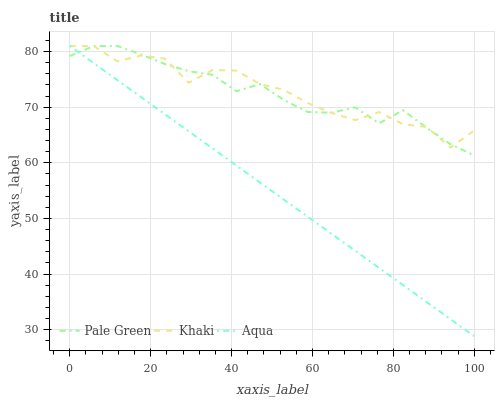
| xaxis_label | Pale Green | Khaki | Aqua |
 | --- | --- | --- | --- |
 | 0 | 79.2 | 81 | 81 |
 | 5.88 | 81 | 81 | 77.9 |
 | 11.8 | 81 | 78.2 | 74.9 |
 | 17.6 | 79.5 | 79.3 | 71.8 |
 | 23.5 | 77.8 | 78.7 | 68.7 |
 | 29.4 | 76.5 | 74.4 | 65.7 |
 | 35.3 | 75.8 | 76.7 | 62.6 |
 | 41.2 | 72.9 | 76.6 | 59.5 |
 | 47.1 | 74.2 | 74.2 | 56.4 |
 | 52.9 | 71.3 | 73.1 | 53.4 |
 | 58.8 | 69.1 | 70.7 | 50.3 |
 | 64.7 | 69 | 69 | 47.2 |
 | 70.6 | 70 | 67.7 | 44.2 |
 | 76.5 | 67.1 | 69.1 | 41.1 |
 | 82.4 | 69.4 | 67 | 38 |
 | 88.2 | 66.3 | 66.4 | 35 |
 | 94.1 | 63.3 | 62.7 | 31.9 |
 | 100 | 61.3 | 65.8 | 28.8 |